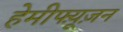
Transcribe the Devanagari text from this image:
हेमीफ्य़ूज़न